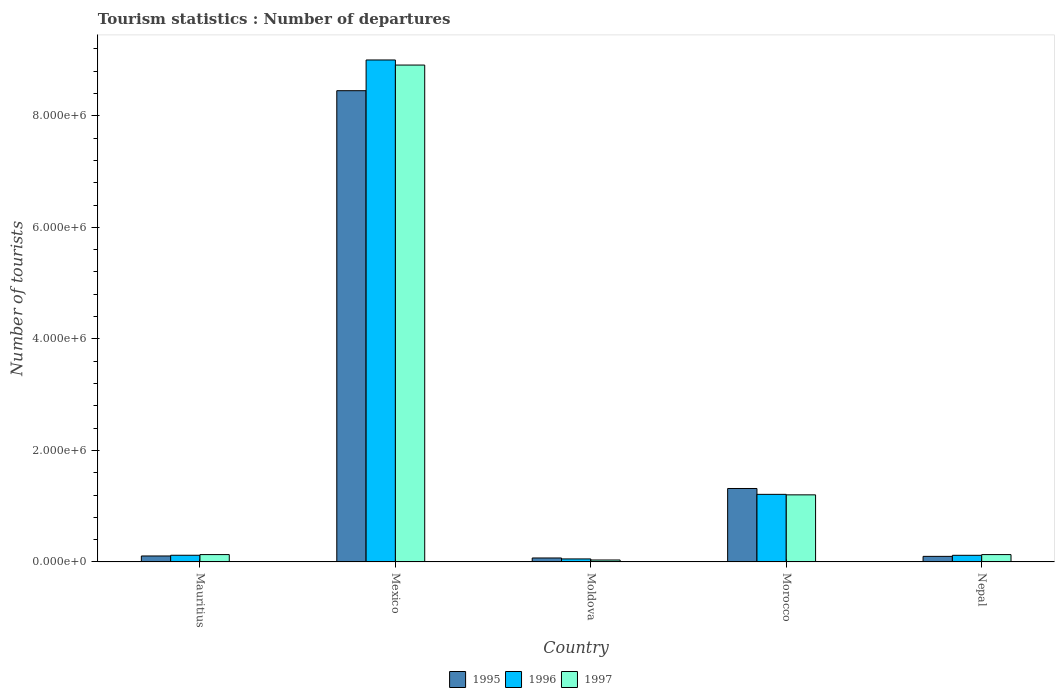
| Country | 1995 | 1996 | 1997 |
 | --- | --- | --- | --- |
 | Mauritius | 1.07e+05 | 1.2e+05 | 1.32e+05 |
 | Mexico | 8.45e+06 | 9e+06 | 8.91e+06 |
 | Moldova | 7.1e+04 | 5.4e+04 | 3.5e+04 |
 | Morocco | 1.32e+06 | 1.21e+06 | 1.2e+06 |
 | Nepal | 1e+05 | 1.19e+05 | 1.32e+05 |